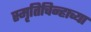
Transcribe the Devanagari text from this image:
स्मृतिचिन्हाच्या